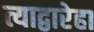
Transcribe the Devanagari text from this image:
त्याद्वारेहा